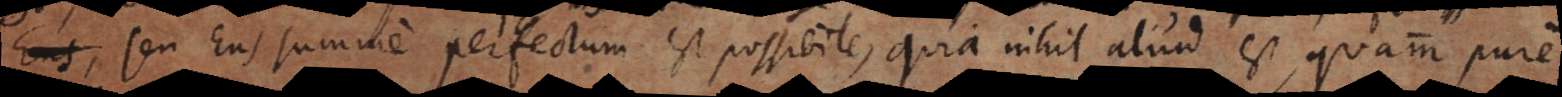
seu Ens summe perfectum est possibile, quia nihil aliud est, quam pure